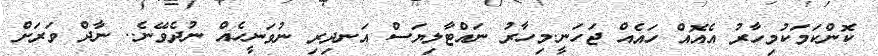
ކޮންކަމަކުމިހާރު އެއޮއް ހައެއް ޖަހަނީ.މިހާރު ނައްޓާލިޔަސް އަނދިރި ނުވަނީހެއް ނުދެވޭނެ.. ނާދް ވަރަށް